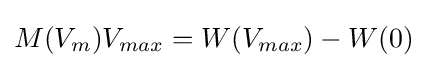
M(V_{m})V_{max}=W(V_{max})-W(0)